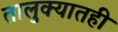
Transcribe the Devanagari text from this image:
तालुक्‍यातही